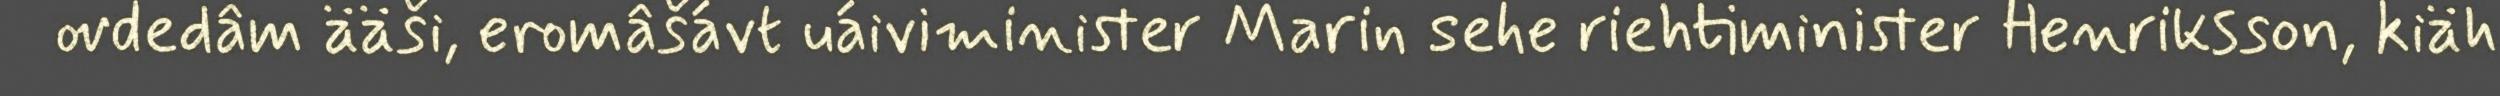
ovdedâm ääši, eromâšávt uáiviminister Marin sehe riehtiminister Henriksson, kiäh